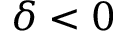
\delta < 0